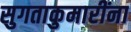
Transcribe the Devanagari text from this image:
सुगताकुमारींना